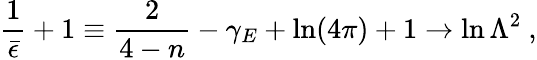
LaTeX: \frac{1}{\bar{\epsilon}}+1\equiv\frac{2}{4-n}-\gamma_{E}+\ln(4\pi)+1\rightarrow\ln\Lambda^{2}\ ,